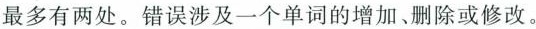
最多有两处。错误涉及一个单词的增加、删除或修改。